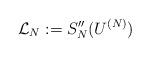
LaTeX: \begin{align*} \mathcal L_N:=S_N''(U^{(N)})\end{align*}